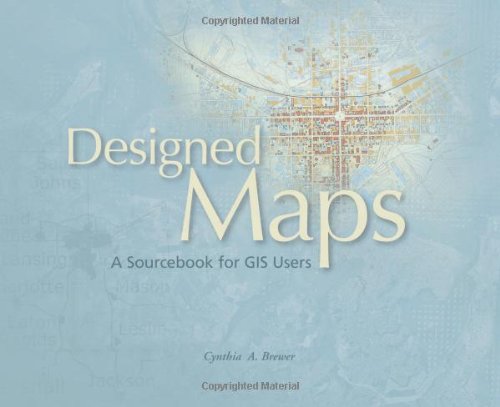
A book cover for Designed Maps: A Sourcebook for GIS Users; Cynthia A Brewer; Science & Math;